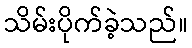
သိမ်းပိုက်ခဲ့သည်။